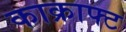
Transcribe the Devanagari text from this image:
काक्राफ्ट